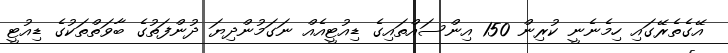
އޭގެތެރޭގައި ހިމެނެނީ ކުރިން 150 އިންސައްތައިގެ ޑިއުޓީއެއް ނަގަމުންދިޔަ ދުންފަތުގެ ބާވަތްތަކުގެ ޑިއުޓީ